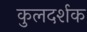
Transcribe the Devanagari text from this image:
कुलदर्शक